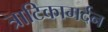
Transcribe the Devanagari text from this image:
त्राटिकामर्दन